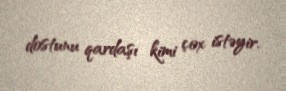
dostunu qardaşı kimi çox istəyir.